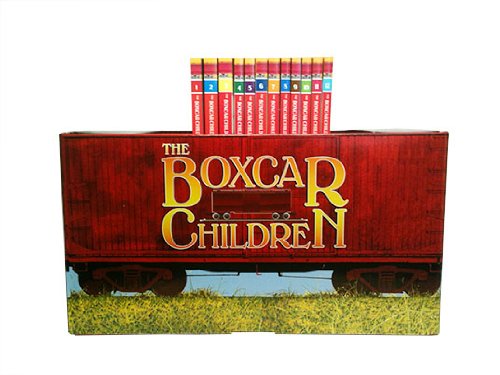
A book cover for The Boxcar Children Bookshelf (The Boxcar Children Mysteries, Books 1-12); Children's Books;